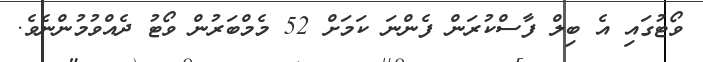
ވޯޓުގައި އެ ބިލް ފާސްކުރަން ފެންނަ ކަމަށް 52 މެމްބަރުން ވޯޓު ދެއްވުމުންނެވެ.